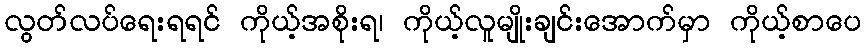
လွတ်လပ်ရေးရရင် ကိုယ့်အစိုးရ၊ ကိုယ့်လူမျိုးချင်းအောက်မှာ ကိုယ့်စာပေ